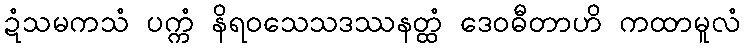
ဍံသမကသံ ပက္ကံ နိရဝသေသဒဿနတ္ထံ ဒေဝဓီတာဟိ ကထာမူလံ